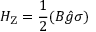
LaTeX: H _ { \mathrm { { Z } } } = { \frac { 1 } { 2 } } ( { \boldsymbol { B } } { \hat { g } } { \boldsymbol { \sigma } } )